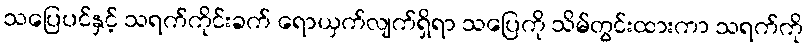
သပြေပင်နှင့် သရက်ကိုင်းခက် ရောယှက်လျက်ရှိရာ သပြေကို သိမ်တွင်းထားကာ သရက်ကို